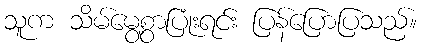
သူက သိမ်မွေ့စွာပြုံးရင်း ပြန်ပြောပြသည်။